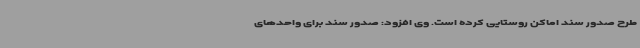
طرح صدور سند اماکن روستایی کرده است. وی افزود: صدور سند برای واحدهای